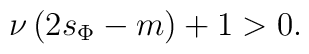
\nu\left(2s_\Phi-m\right)+1>0.